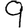
Digit: 9